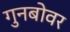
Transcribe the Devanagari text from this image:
गुनबोवर